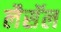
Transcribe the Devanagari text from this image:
लैसॅल